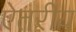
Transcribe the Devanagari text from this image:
ऐतरीय